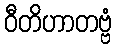
ဝီတိဟာတဗ္ဗံ